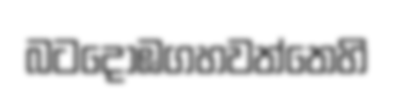
බටදොඹගහවත්තෙහි